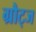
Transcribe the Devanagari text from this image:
ग्रौट्ज